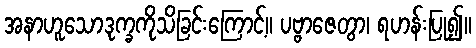
အနာဟူသောဒုက္ခကိုသိခြင်းကြောင့်။ ပဗ္ဗာဇေတွာ၊ ရဟန်းပြု၍။